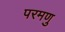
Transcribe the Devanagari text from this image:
परमणु